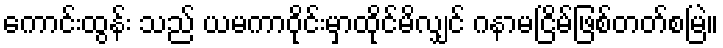
ကောင်းထွန်း သည် ယမကာဝိုင်းမှာထိုင်မိလျှင် ဂနာမငြိမ်ဖြစ်တတ်စမြဲ။